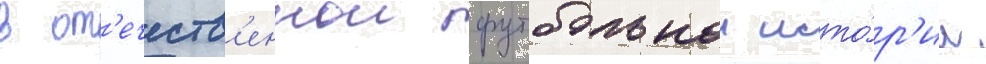
в от'ечеств'еннои футбольнои исто́р'ии